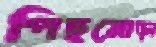
পিছমোড়া